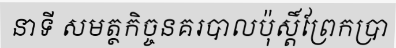
នាទី សមត្ថកិច្ចនគរបាលប៉ុស្តិ៍ព្រែកប្រា